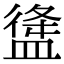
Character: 𥂃